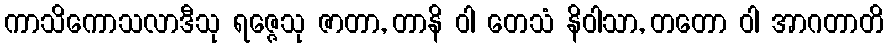
ကာသိကောသလာဒီသု ရဇ္ဇေသု ဇာတာ, တာနိ ဝါ တေသံ နိဝါသာ, တတော ဝါ အာဂတာတိ